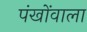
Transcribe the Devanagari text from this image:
पंखोंवाला